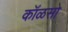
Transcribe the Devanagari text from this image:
कॉळसो